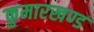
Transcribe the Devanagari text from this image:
कुमारखण्ड